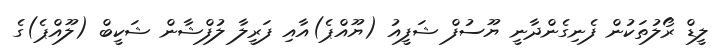
ލީޑް ރޯލުތަކުން ފެނިގެންދާނީ ޔޫސުފް ޝަފީއު (ޔޫއްޕެ)އާއި ފަރީލާ ލުފްޝާން ޝަކީބް (ލޫއްޕެ)ގެ